Scottish Certificate of Education, 1962
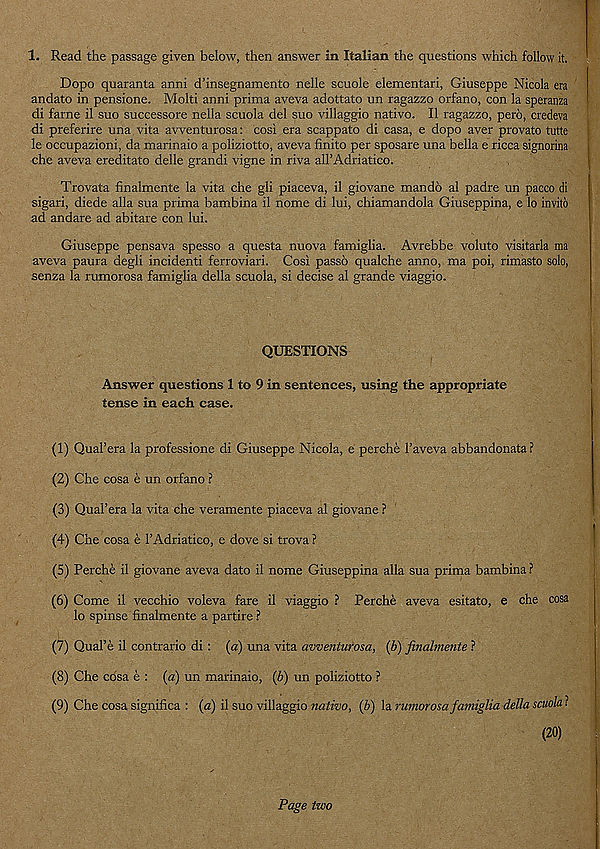
1. Read the passage given below, then answer in Italian the questions which follow it.
Dopo quaranta anni d’insegnamento nelle scuole elementari, Giuseppe Nicola era
andato in pensione. Molti anni prima aveva adottato un ragazzo orfano, con la speranza
di fame il suo successore nella scuola del suo villaggio native. II ragazzo, pero, credeva
di preferire una vita avventurosa: cosi era scappato di casa, e dopo aver provato tutte
le occupazioni, da marinaio a poliziotto, aveva finite per sposare una bella e ricca signorina
che aveva ereditato delle grandi vigne in riva aH’Adriatico.
Trovata finalmente la vita che gli piaceva, il giovane mandb al padre un pacco di
sigari, diede alia sua prima bambina il nome di lui, chiamandola Giuseppina, e lo invito
ad andare ad abitare con lui.
Giuseppe pensava spesso a questa nuova famiglia. Avrebbe voluto visitarla ma
aveva paura degli incidenti ferroviari. Cosi passb qualche anno, ma poi, rimasto solo,
senza la rumorosa famiglia della scuola, si decise al grande viaggio.
QUESTIONS
Answer questions 1 to 9 in sentences, using the appropriate
tense in each case.
(1) Qual’era la professione di Giuseppe Nicola, e perche 1’aveva abbandonata?
(2) Che cosa e un orfano ?
(3) Qual’era la vita che veramente piaceva al giovane ?
(4) Che cosa e 1’Adriatico, e dove si trova ?
(5) Perche il giovane aveva dato il nome Giuseppina alia sua prima bambina ?
(6) Come il vecchio voleva fare il viaggio ? Perche aveva esitato, e che cosa
lo spinse finalmente a partire ?
(7) Qual’e il contrario di : (a) una vita avvmturosa, ib) finahnente ?
(8) Che cosa e : (a) un marinaio, (b) un poliziotto ?
(9) Che cosa significa : (<z) il suo villaggio nativo, (b) la ruttiorosa famiglia della scuola ?
(20)
Page two